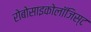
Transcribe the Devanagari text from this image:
रोबोसाइकोलॉजिस्ट